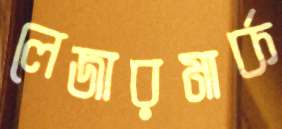
লেজারমার্ক